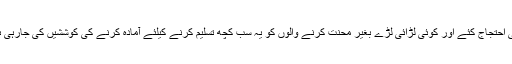
کوئی احتجاج کئے اور کوئی لڑائی لڑے بغیر محنت کرنے والوں کو یہ سب کچھ تسلیم کرنے کیلئے آمادہ کرنے کی کوششیں کی جارہی ہیں ۔